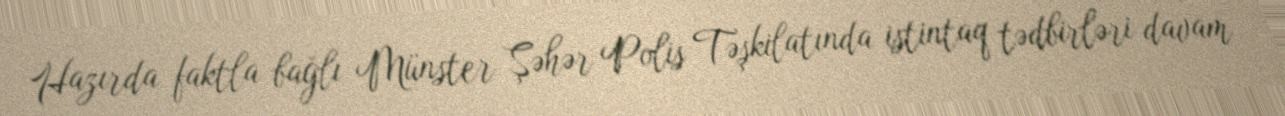
Hazırda faktla bağlı Münster Şəhər Polis Təşkilatında istintaq tədbirləri davam